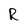
Character: R